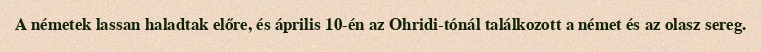
A németek lassan haladtak előre, és április 10-én az Ohridi-tónál találkozott a német és az olasz sereg.